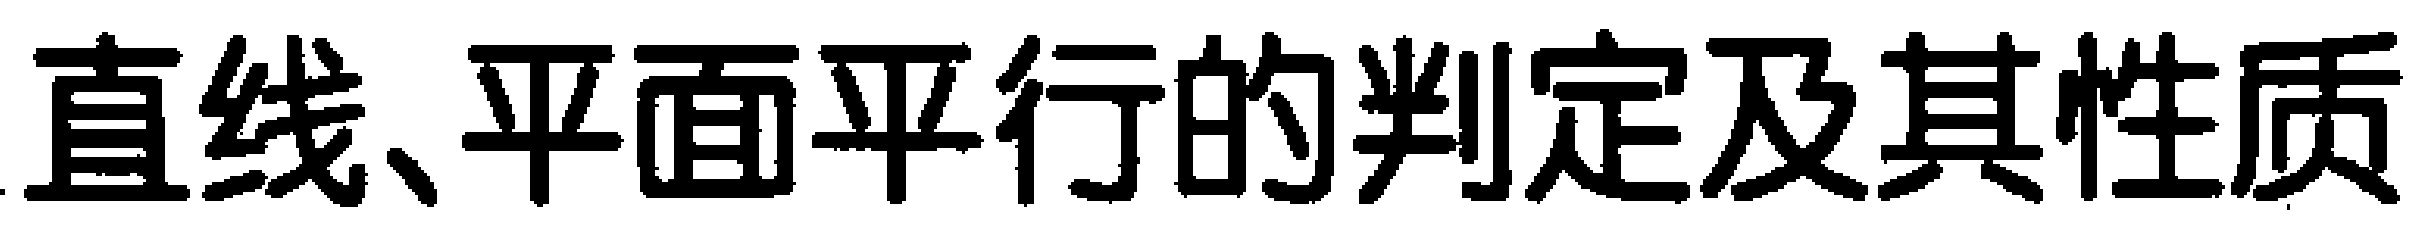
直线、平面平行的判定及其性质